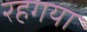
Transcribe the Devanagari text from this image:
रहगया